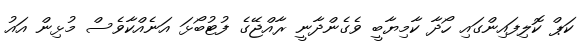
ކަޕް ކޮލިފައިންގައި ހޯދާ ކާމިޔާބީ ވެގެންދާނީ ރާއްޖޭގެ ފުޓުބޯޅަ އަނެއްކާވެސް މުޅިން އައު